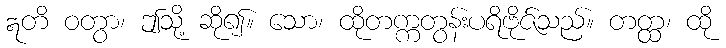
ဣတိ ဝတွာ၊ ဤသို့ ဆို၍။ သော၊ ထိုတက္ကတွန်းပရိဗိုဇ်သည်။ တတ္ထ၊ ထို